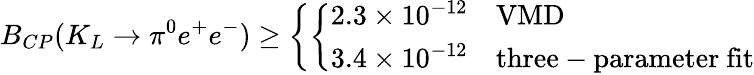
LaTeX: B_{CP}(K_{L}\rightarrow\pi^{0}e^{+}e^{-})\geq\left\{ \left\{ \begin{array}{ll}{{2.3\times 10^{-12}}}&{{\mathrm{VMD}}}\\ {{3.4\times 10^{-12}}}&{{\mathrm{three-parameter~fit}}}\end{array}\right.\right.